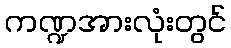
ကဏ္ဍအားလုံးတွင်